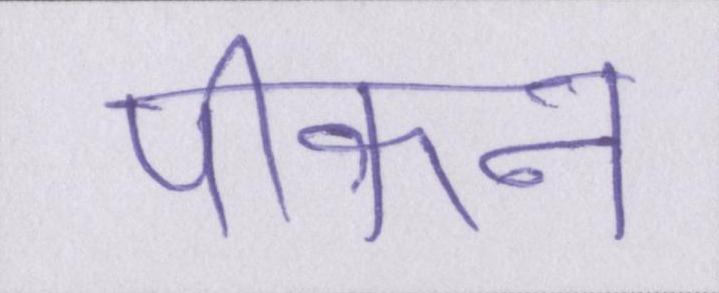
पीकन